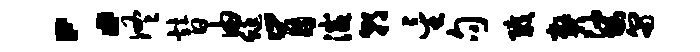
：佟替由蜓肯灭朝星句戮弊娑匍